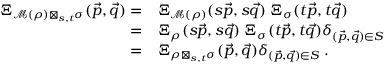
\begin{array} { r l } { \Xi _ { \mathcal M ( \rho ) \boxtimes _ { s , t } \sigma } ( \vec { p } , \vec { q } ) = } & { \Xi _ { \mathcal M ( \rho ) } ( s \vec { p } , s \vec { q } ) \; \Xi _ { \sigma } ( t \vec { p } , t \vec { q } ) } \\ { = } & { \Xi _ { \rho } ( s \vec { p } , s \vec { q } ) \; \Xi _ { \sigma } ( t \vec { p } , t \vec { q } ) \delta _ { ( \vec { p } , \vec { q } ) \in S } } \\ { = } & { \Xi _ { \rho \boxtimes _ { s , t } \sigma } ( \vec { p } , \vec { q } ) \delta _ { ( \vec { p } , \vec { q } ) \in S } \; . } \end{array}